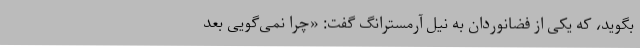
بگوید، که یکی از فضانوردان به نیل آرمسترانگ گفت: «چرا نمی‌گویی بعد